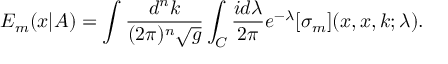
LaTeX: E _ { m } ( x | A ) = \int \frac { d ^ { n } k } { ( 2 \pi ) ^ { n } \sqrt { g } } \int _ { C } \frac { i d \lambda } { 2 \pi } e ^ { - \lambda } [ \sigma _ { m } ] ( x , x , k ; \lambda ) .